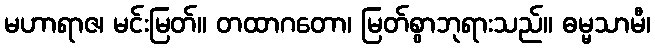
မဟာရာဇ၊ မင်းမြတ်။ တထာဂတော၊ မြတ်စွာဘုရားသည်။ ဓမ္မသာမီ၊